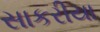
સાકરીયા